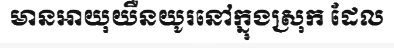
មានអាយុយឺនយូរនៅក្នុងស្រុក ដែល